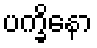
ပက္ခိနော